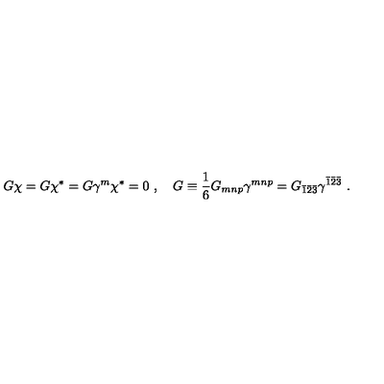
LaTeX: G \chi = G \chi ^ { * } = G \gamma ^ { m } \chi ^ { * } = 0 \ , \quad G \equiv \frac { 1 } { 6 } G _ { m n p } \gamma ^ { m n p } = G _ { \bar { 1 } \bar { 2 } \bar { 3 } } \gamma ^ { \bar { 1 } \bar { 2 } \bar { 3 } } \ .